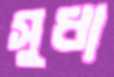
সুধা